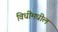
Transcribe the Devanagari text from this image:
विधींमधील